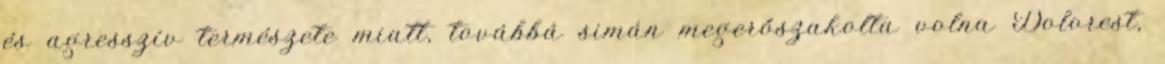
és agresszív természete miatt, továbbá simán megerőszakolta volna Dolorest,